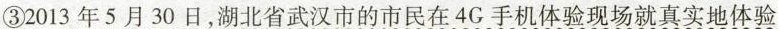
③2013年5月30日，湖北省武汉市的市民在4G手机体验现场就真实地体验